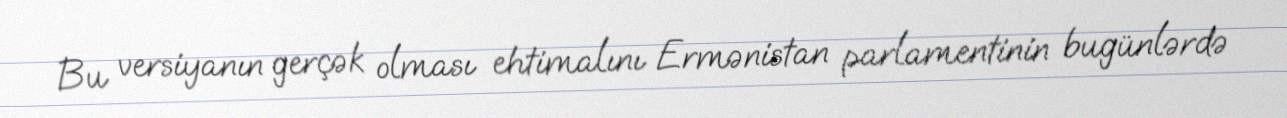
Bu versiyanın gerçək olması ehtimalını Ermənistan parlamentinin bugünlərdə